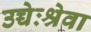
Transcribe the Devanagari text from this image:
उच्चेःश्रेवा